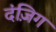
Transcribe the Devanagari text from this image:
दंज़िग